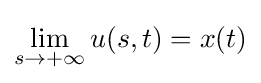
\lim _{s\to +\infty }u(s,t)=x(t)